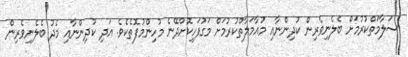
ސަލާމަތްކުރުމަށް ބެލެނިވެރިން ކުދިންނާއި މުއާމަލާތްކުރުމަށް މަގުފަހިކޮށްދޭނެ މުހިންމުފޮތެކެވެ. އަދި ކުދިންނާއި މެދު ބެލެނިވެރިން